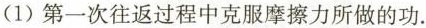
(1)第一次往返过程中克服摩擦力所做的功.